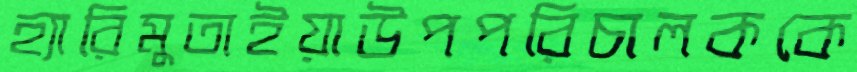
হ্যারিমুতাইয়াউপপরিচালককে